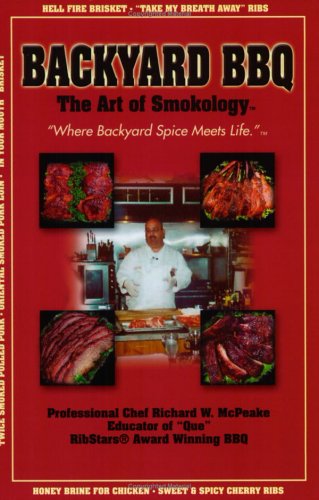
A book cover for Backyard BBQ: The Art of Smokology; Richard W. McPeake; Cookbooks, Food & Wine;